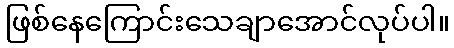
ဖြစ်နေကြောင်းသေချာအောင်လုပ်ပါ။